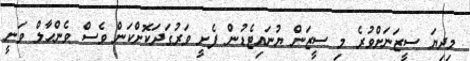
މިދިޔަ ސީޒަނަށްވުރެ މި ސީޒަން ޔުނައިޓެޑުން ފެށީ ވަރުގަދަކޮށްކަން ވެސް ވެންހާލް ވަނީ